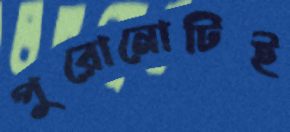
পুরোনোটিই